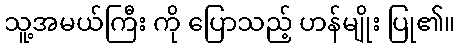
သူ့အမယ်ကြီး ကို ပြောသည့် ဟန်မျိုး ပြု၏။